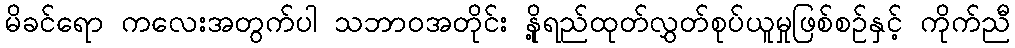
မိခင်ရော ကလေးအတွက်ပါ သဘာဝအတိုင်း နို့ရည်ထုတ်လွှတ်စုပ်ယူမှုဖြစ်စဉ်နှင့် ကိုက်ညီ